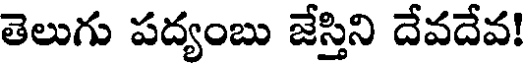
తెలుగు పద్యంబు జేస్తిని దేవదేవ!